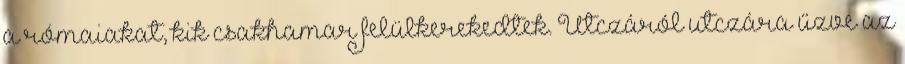
a rómaiakat, kik csakhamar felülkerekedtek. Utczáról utczára űzve az